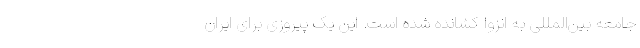
جامعه بین‌المللی به انزوا کشانده شده است. این یک پیروزی برای ایران